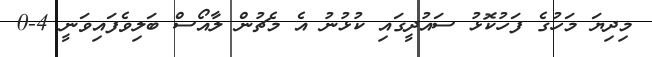
މިދިޔަ މަހުގެ ފަހުކޮޅު ސައުދީގައި ކުޅުނު އެ މެޗުން ލާއޯސް ބަލިވެފައިވަނީ 4-0